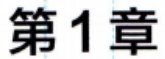
第1章